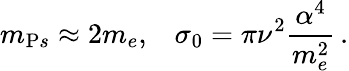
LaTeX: m_{{\mathrm Ps}}\approx 2m_{e},\; \; \; \sigma_{0}=\pi\nu^{2}{\frac{\alpha^{4}}{m_{e}^{2}}}\, .